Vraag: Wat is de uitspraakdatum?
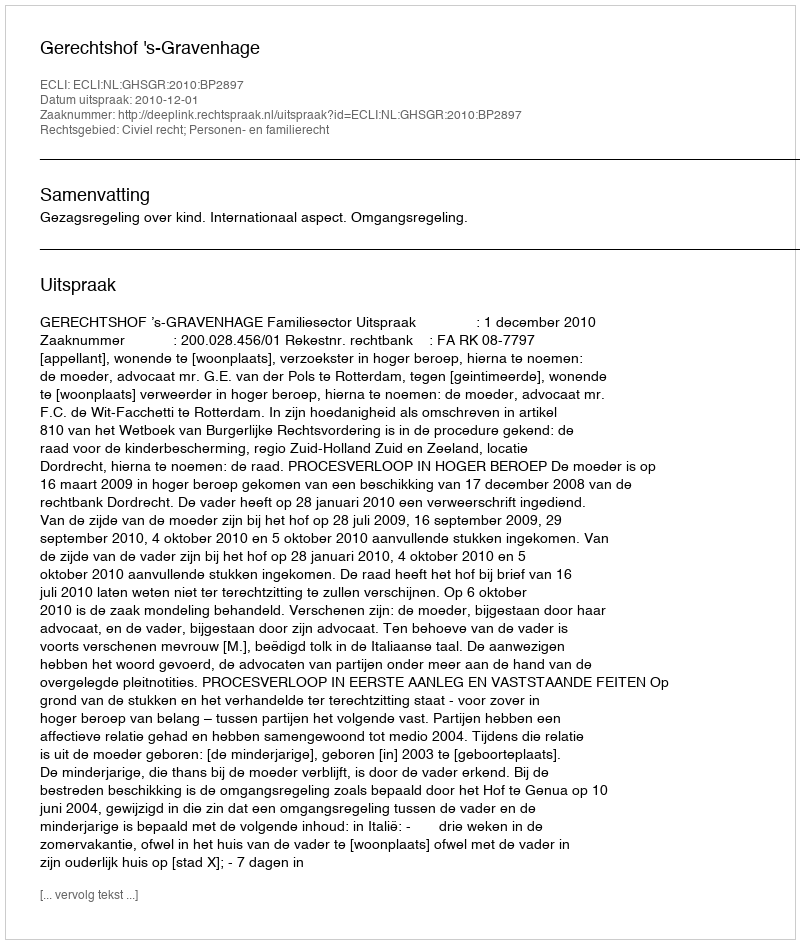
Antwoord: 2010-12-01